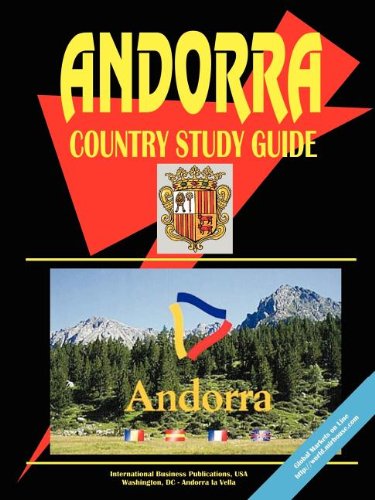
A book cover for Andorra Country Study Guide; Ibp Usa; Travel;